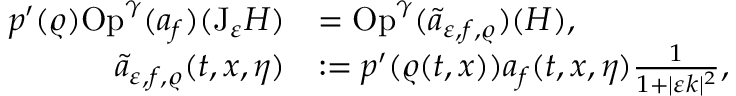
\begin{array} { r l } { p ^ { \prime } ( \varrho ) \mathrm { O p } ^ { \gamma } ( a _ { f } ) ( \mathrm { J } _ { \varepsilon } H ) } & { = \mathrm { O p } ^ { \gamma } ( \widetilde { a } _ { \varepsilon , f , \varrho } ) ( H ) , } \\ { \widetilde { a } _ { \varepsilon , f , \varrho } ( t , x , \eta ) } & { : = p ^ { \prime } ( \varrho ( t , x ) ) a _ { f } ( t , x , \eta ) \frac { 1 } { 1 + \vert \varepsilon k \vert ^ { 2 } } , } \end{array}